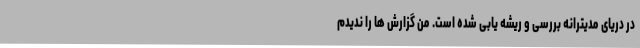
در دریای مدیترانه بررسی و ریشه یابی شده است. من گزارش ها را ندیدم